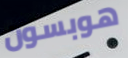
هوبسون